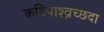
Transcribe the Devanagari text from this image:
कटिपाश्व्रच्छदा